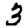
Digit: 3